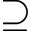
\supseteq